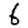
Digit: 6